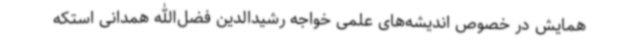
همایش در خصوص اندیشه‌های علمی خواجه رشیدالدین فضل‌الله همدانی استکه